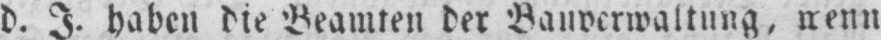
d. J. haben die Beamten der Bauverwaltung, wenn